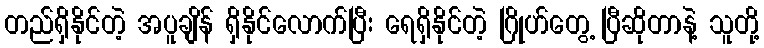
တည်ရှိနိုင်တဲ့ အပူချိန် ရှိနိုင်လောက်ပြီး ရေရှိနိုင်တဲ့ ဂြိုဟ်တွေ့ ပြီဆိုတာနဲ့ သူတို့